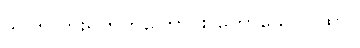
ဒုဂ္ဂတိလားရတတ်ကြောင်း ဟောသောဂါထာ။